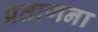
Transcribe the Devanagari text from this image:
प्रताणना